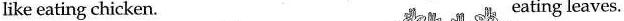
like eatng chicken. eating leaves.